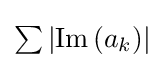
{\textstyle \sum \left|\operatorname {Im} \left(a_{k}\right)\right|}